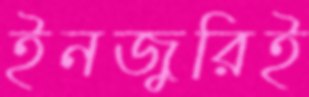
ইনজুরিই